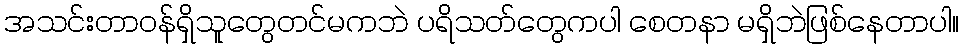
အသင်းတာဝန်ရှိသူတွေတင်မကဘဲ ပရိသတ်တွေကပါ စေတနာ မရှိဘဲဖြစ်နေတာပါ။